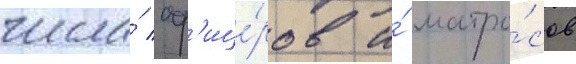
числа́ оф'ице́ров и́ матро́сов